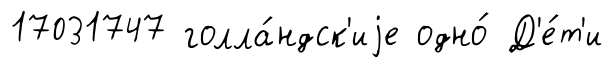
17031747 голла́ндск'иjе одно́ Д'е́т'и